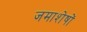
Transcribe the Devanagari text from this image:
जमाशेषों